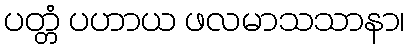
ပတ္တံ ပဟာယ ဖလမာသသာနာ၊